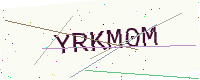
Text: YRKM0M